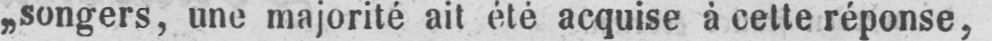
„songers, une majorité ait été acquise à cette réponse,